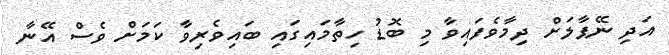
އަދި ނޭޕާލަށް ދިމާވެފައިވާ މި ބޮޑު ހިތާމައިގައި ބައިވެރިވާ ކަމަށް ވެސް އޭނާ